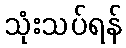
သုံးသပ်ရန်